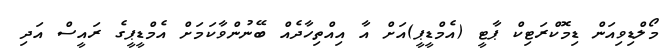
މޯލްޑިވިއަން ޑިމޮކްރަޓިކް ޕާޓީ (އެމްޑީޕީ)އަށް އާ އިއްތިހާދެއް ބޭނުންވާކަމަށް އެމްޑީޕީގެ ރައީސް އަދި